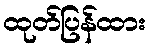
ထုတ်ပြန်ထား